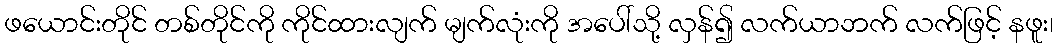
ဖယောင်းတိုင် တစ်တိုင်ကို ကိုင်ထားလျက် မျက်လုံးကို အပေါ်သို့ လှန်၍ လက်ယာဘက် လက်ဖြင့် နဖူး၊